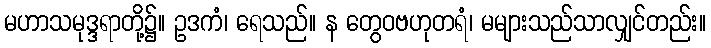
မဟာသမုဒ္ဒရာတို့၌။ ဥဒကံ၊ ရေသည်။ န တွေဝဗဟုတရံ၊ မများသည်သာလျှင်တည်း။